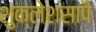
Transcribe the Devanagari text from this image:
शुक्लेशसापै